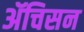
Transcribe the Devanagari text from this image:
ॲचिसन